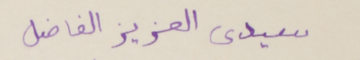
سيدي العزيز الفاضل